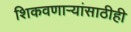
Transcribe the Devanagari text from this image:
शिकवणार्‍यांसाठीही